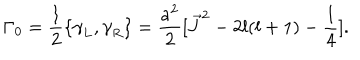
LaTeX: { \Gamma } _ { 0 } = \frac { 1 } { 2 } \{ { \gamma } _ { L } , { \gamma } _ { R } \} = \frac { a ^ { 2 } } { 2 } [ \vec { J } ^ { 2 } - 2 l ( l + 1 ) - \frac { 1 } { 4 } ] .